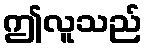
ဤလူသည်